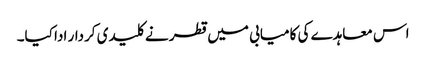
اس معاہدے کی کامیابی میں قطر نے کلیدی کردار ادا کیا۔